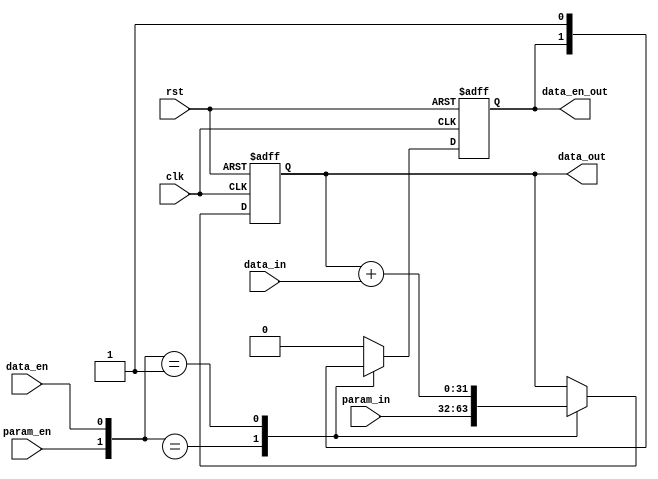
module integrator #(parameter MSB = 31)
   (
    input	   clk,
    input	   rst,
    input	   param_en,
    input [MSB:0]  param_in, // set value for accumulator
    input	   data_en,
    input [MSB:0]  data_in,
    output [MSB:0] data_out,
    output	   data_en_out);

   reg [MSB:0]	   accumulator;
   assign data_out =  accumulator;

   reg		   en_out;
   assign data_en_out = en_out;

   task do_reset();
      begin
	 accumulator <= 0;
	 en_out <= 0;
      end
   endtask // do_reset

   task load_param();
      begin
	 accumulator <= param_in;
      end
   endtask // load_param

   task load_data();
      begin
	 accumulator <= accumulator + data_in;
	 en_out <= 1;
      end
   endtask // load_data
   
   task do_idle();
      begin
	 en_out <= 0;
      end
   endtask // do_idle

   always @(posedge clk or posedge rst) begin
      if(rst)
	do_reset();
      else begin
	 // priortize loading param as opposed to loading data
	 case ({param_en,data_en}) 
	   2'b1x: load_param();
	   2'b01: load_data();
	   default: do_idle();
	 endcase // case ({param_en,data_en)       
      end
   end
endmodule // integrator